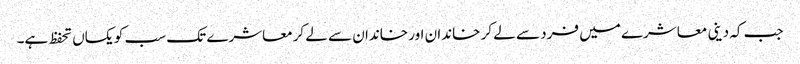
جب کہ دینی معاشرے میں فرد سے لے کر خاندان اور خاندان سے لے کرمعاشرے تک سب کو یکساں تحفظ ہے۔